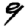
Digit: 9